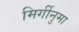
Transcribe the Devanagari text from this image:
मिर्गीनुमा